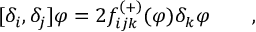
\lbrack \delta _ { i } , \delta _ { j } ] \varphi = 2 f _ { i j k } ^ { \left( + \right) } ( \varphi ) \delta _ { k } \varphi \qquad ,